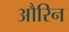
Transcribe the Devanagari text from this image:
औरिन